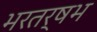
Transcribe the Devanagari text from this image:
भरतर्षभ